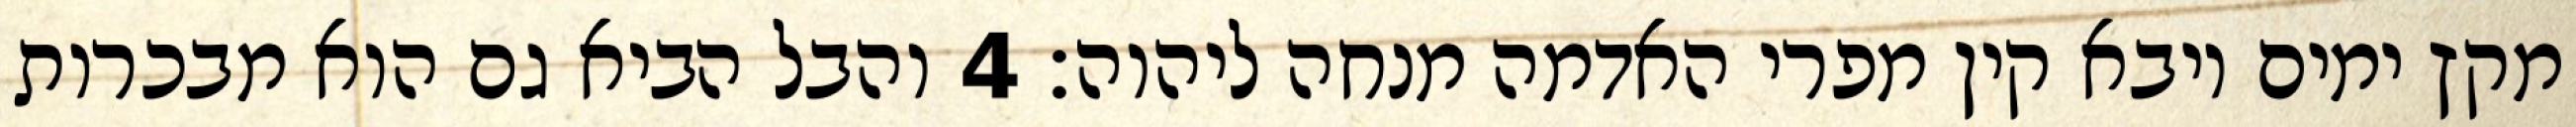
מקץ ימים ויבא קין מפרי האדמה מנחה ליהוה׃ ‎4‏ והבל הביא גם הוא מבכרות